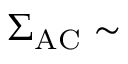
\Sigma _ { \mathrm { A C } } \sim